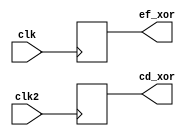
module recursive_task(
   input clk,
		input clk2,
		output [15:0] cd_xor,
		output [15:0] ef_xor
	);
	reg [15:0] c, d, e, f, cd_xor, ef_xor;
	
	task automatic bitwise_xor;
		output [15:0] ab_xor;
		input [15:0] a, b;
		
		#5;
	endtask
	
	always @(posedge clk)
	bitwise_xor(ef_xor, e, f);
	always @(posedge clk2)
	bitwise_xor(cd_xor, c, d);
endmodule